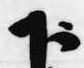
下